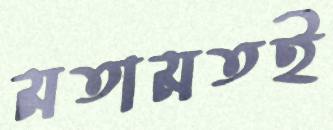
মতামতই